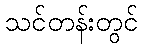
သင်တန်းတွင်